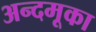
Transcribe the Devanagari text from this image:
अन्दमूका